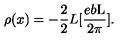
{ \rho } ( x ) = - \frac { 2 } { 2 } { L } [ \frac { e b \mathrm { L } } { 2 \pi } ] .